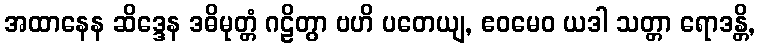
အထာနေန ဆိဒ္ဒေန ဒဓိမုတ္တံ ဂဠိတွာ ဗဟိ ပတေယျ, ဧဝမေဝ ယဒါ သတ္တာ ရောဒန္တိ,